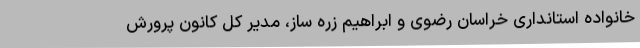
خانواده استانداری خراسان رضوی و ابراهیم زره ساز، مدیر کل کانون پرورش